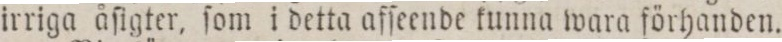
irriga åſigter, ſom i detta afſeende kunna wara förhanden.